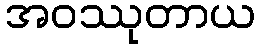
အဝဿုတာယ